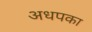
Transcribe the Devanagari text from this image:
अधपका